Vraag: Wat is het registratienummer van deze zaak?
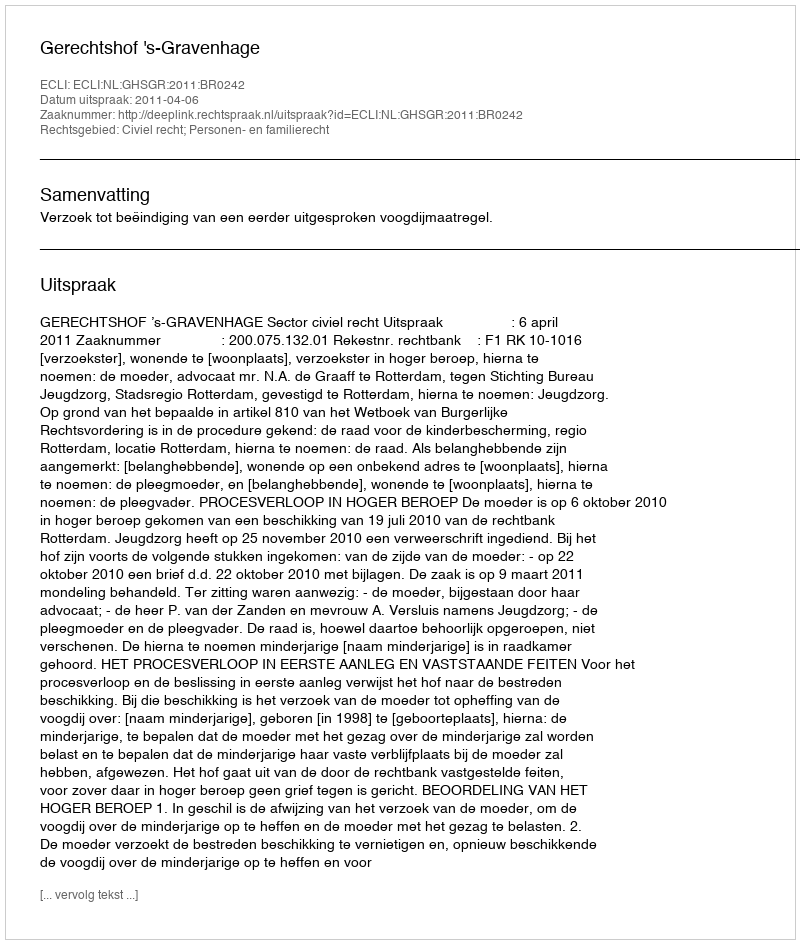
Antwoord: http://deeplink.rechtspraak.nl/uitspraak?id=ECLI:NL:GHSGR:2011:BR0242